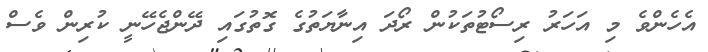
އެހެންވެ މި އަހަރު ރިސޯޓުތަކުން ރޯދަ އިނާޔަތުގެ ގޮތުގައި ދޭންޖެހޭނީ ކުރިން ވެސް